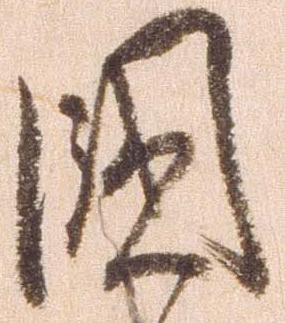
国